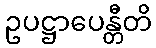
ဥပဋ္ဌာပေန္တီတိ